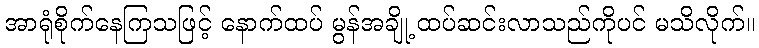
အာရုံစိုက်နေကြသဖြင့် နောက်ထပ် မွန်အချို့ ထပ်ဆင်းလာသည်ကိုပင် မသိလိုက်။